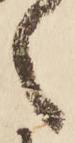
之